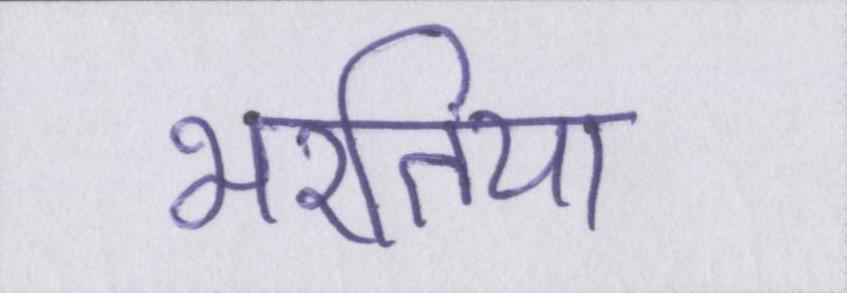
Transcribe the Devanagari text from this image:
भरतिया